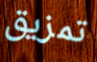
تمزيق